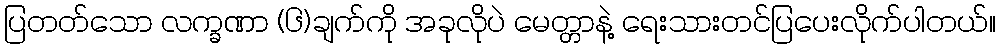
ပြတတ်သော လက္ခဏာ (၆)ချက်ကို အခုလိုပဲ မေတ္တာနဲ့ ရေးသားတင်ပြပေးလိုက်ပါတယ်။